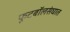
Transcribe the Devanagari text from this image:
फूटबॉलसंघात